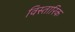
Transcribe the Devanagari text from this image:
विस्तारिक